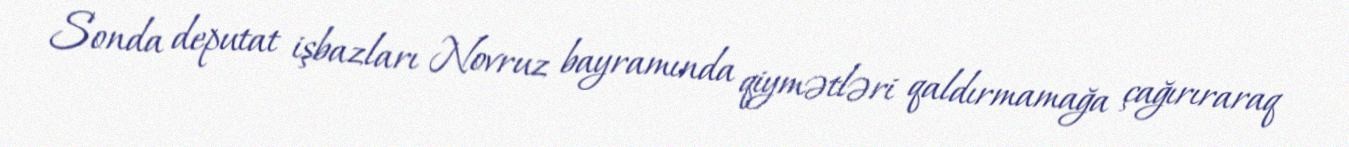
Sonda deputat işbazları Novruz bayramında qiymətləri qaldırmamağa çağırıraraq